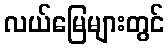
လယ်မြေများတွင်